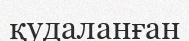
қудаланған